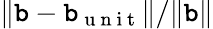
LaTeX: \| \boldsymbol{\mathtt{b}}-\boldsymbol{\mathtt{b}}_{\mathrm{{~u~n~i~t~}}}\| /\| \boldsymbol{\mathtt{b}}\|